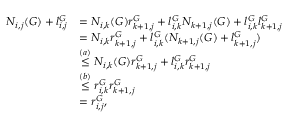
\begin{array} { r l } { N _ { i , j } ( G ) + l _ { i , j } ^ { G } } & { = N _ { i , k } ( G ) r _ { k + 1 , j } ^ { G } + l _ { i , k } ^ { G } N _ { k + 1 , j } ( G ) + l _ { i , k } ^ { G } l _ { k + 1 , j } ^ { G } } \\ & { = N _ { i , k } r _ { k + 1 , j } ^ { G } + l _ { i , k } ^ { G } ( N _ { k + 1 , j } ( G ) + l _ { k + 1 , j } ^ { G } ) } \\ & { \stackrel { ( a ) } { \leq } N _ { i , k } ( G ) r _ { k + 1 , j } ^ { G } + l _ { i , k } ^ { G } r _ { k + 1 , j } ^ { G } } \\ & { \stackrel { ( b ) } { \leq } r _ { i , k } ^ { G } r _ { k + 1 , j } ^ { G } } \\ & { = r _ { i , j } ^ { G } , } \end{array}